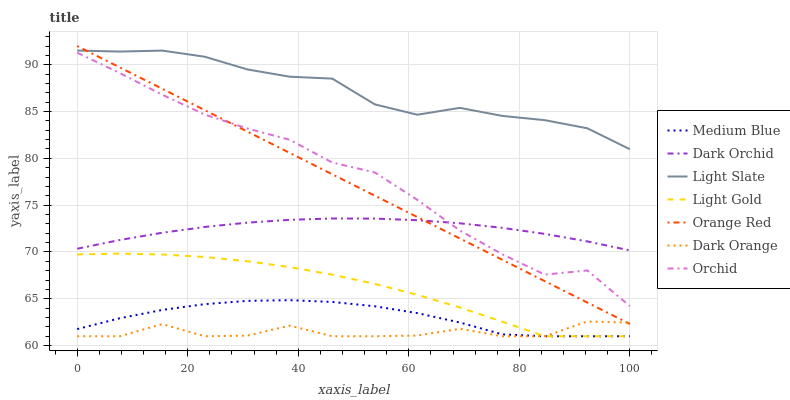
| xaxis_label | Medium Blue | Dark Orchid | Light Slate | Light Gold | Orange Red | Dark Orange | Orchid |
 | --- | --- | --- | --- | --- | --- | --- | --- |
 | 0 | 61.8 | 70.3 | 91.5 | 69.7 | 92 | 61 | 91.3 |
 | 7.69 | 62.9 | 71.3 | 91.4 | 69.8 | 89.7 | 61 | 89.1 |
 | 15.4 | 63.8 | 72.1 | 91.5 | 69.7 | 87.4 | 62.3 | 86.8 |
 | 23.1 | 64.4 | 72.7 | 90.9 | 69.5 | 85.1 | 61 | 84.7 |
 | 30.8 | 64.8 | 73.1 | 89.5 | 69 | 82.9 | 61.1 | 83.2 |
 | 38.5 | 64.9 | 73.4 | 88.7 | 68.4 | 80.6 | 62.1 | 82 |
 | 46.2 | 64.7 | 73.6 | 88.5 | 67.6 | 78.3 | 61 | 79.6 |
 | 53.8 | 64.2 | 73.6 | 85.8 | 66.6 | 76 | 61 | 78.5 |
 | 61.5 | 63.5 | 73.4 | 84.7 | 65.4 | 73.7 | 61.1 | 75.6 |
 | 69.2 | 62.5 | 73.1 | 85.4 | 64.1 | 71.4 | 61.8 | 72.3 |
 | 76.9 | 61.2 | 72.6 | 84.5 | 62.6 | 69.2 | 61 | 69.8 |
 | 84.6 | 61 | 71.9 | 84.1 | 61 | 66.9 | 61 | 67.6 |
 | 92.3 | 61 | 71.1 | 83.2 | 61 | 64.6 | 62.6 | 68 |
 | 100 | 61 | 70.2 | 81 | 61 | 62.3 | 62.4 | 64.2 |